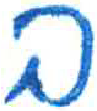
אות: ב